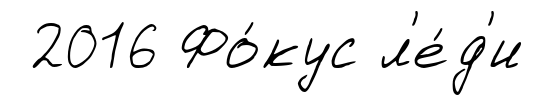
2016 Фо́кус л'е́д'и